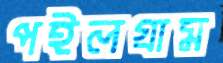
পইলগ্রাম